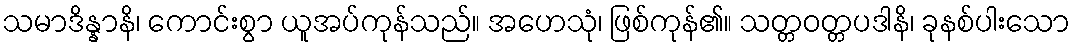
သမာဒိန္နာနိ၊ ကောင်းစွာ ယူအပ်ကုန်သည်။ အဟေသုံ၊ ဖြစ်ကုန်၏။ သတ္တဝတ္တပဒါနိ၊ ခုနစ်ပါးသော